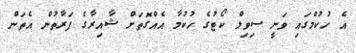
އެ ހުކުމްގައި ވަނީ ސިވިލް ކޯޓުގެ ހުކުމާ އެއްގޮތަށް ޝާއިރާގެ ފަރާތުން އެތަން